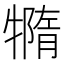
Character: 𤛩